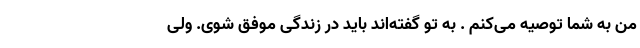
من به شما توصیه می‌کنم . به تو گفته‌اند باید در زندگی موفق شوی. ولی